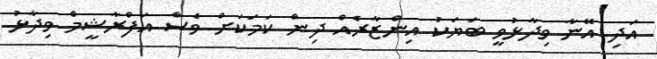
އަދި އޭނާ ވިދާޅުވީ ބަޔަކު އިންޒާރެއް ދިން ކަމަކަށް ވެސް އަފްރާޝީމް ވިދާޅު